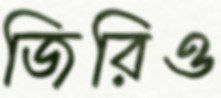
জিরিও